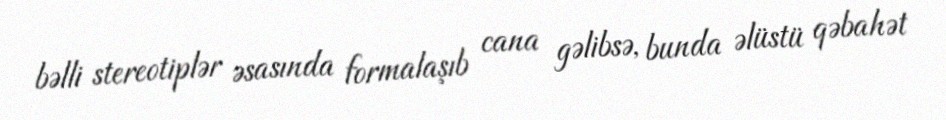
bəlli stereotiplər əsasında formalaşıb cana gəlibsə, bunda əlüstü qəbahət